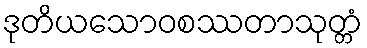
ဒုတိယသောဝစဿတာသုတ္တံ